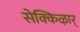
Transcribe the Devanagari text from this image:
सेक्किऴार्